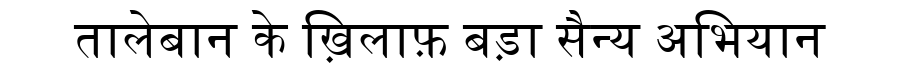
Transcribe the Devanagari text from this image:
तालेबान के ख़िलाफ़ बड़ा सैन्य अभियान